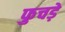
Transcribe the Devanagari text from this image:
फुचड़े